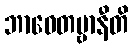
ဘာဝေတဗ္ဗာနီတိ